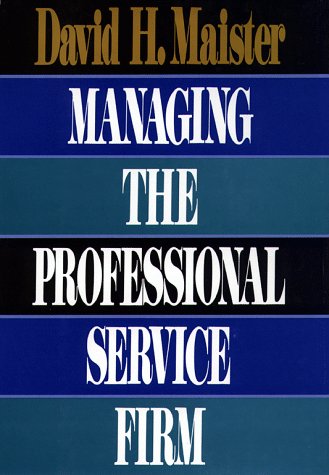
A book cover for Managing the Professional Service Firm; David H. Maister; Business & Money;